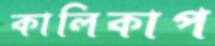
কালিকাপ